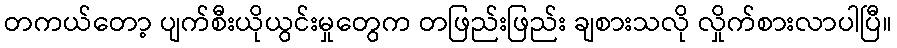
တကယ်တော့ ပျက်စီးယိုယွင်းမှုတွေက တဖြည်းဖြည်း ချစားသလို လှိုက်စားလာပါပြီ။